Scottish Leaving Certificate Examination, 1956
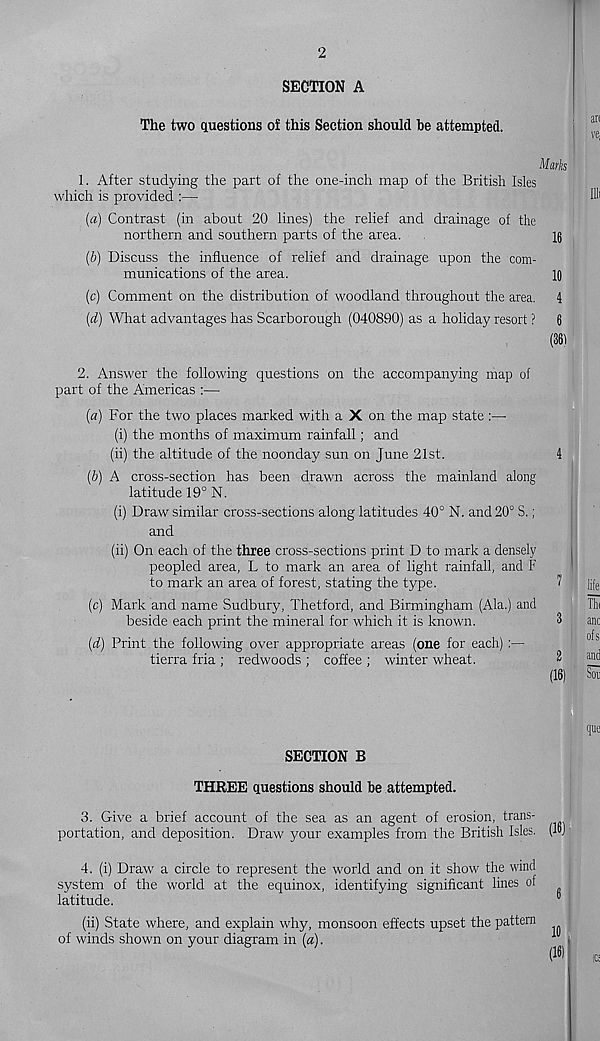
2
SECTION A
The two questions of this Section should be attempted.
Marks
1. After studying the part of the one-inch map of the British Isles
which is provided :—
(a) Contrast (in about 20 lines) the relief and drainage of the
northern and southern parts of the area.
16
(b) Discuss the influence of relief and drainage upon the com-
munications of the area.
16
(c) Comment on the distribution of woodland throughout the area. 4
(d) What advantages has Scarborough (040890) as a holiday resort ? 6
(361
2. Answer the following questions on the accompanying map of
part of the Americas :—
(a) For the two places marked with a X on the map state :—•
(i) the months of maximum rainfall; and
(ii) the altitude of the noonday sun on June 21st.
(b) A cross-section has been drawn across the mainland along
latitude 19° N.
(i) Draw similar cross-sections along latitudes 40° N. and 20° S.;
and
(ii) On each of the three cross-sections print D to mark a densely
peopled area, L to mark an area of light rainfall, and F
to mark an area of forest, stating the type.
(c) Mark and name Sudbury, Thetford, and Birmingham (Ala.) and
beside each print the mineral for which it is known.
(d) Print the following over appropriate areas (one for each) :—
tierra fria ; redwoods ; coffee ; winter wheat.
SECTION B
THREE questions should be attempted.
3. Give a brief account of the sea as an agent of erosion, trans-
portation, and deposition. Draw your examples from the British Isles.
4. (i) Draw a circle to represent the world aird on it show the wind
system of the world at the equinox, identifying significant lines of
latitude.
(ii) State where, and explain why, monsoon effects upset the pattern
of winds shown on your diagram in (a).
10
(16)